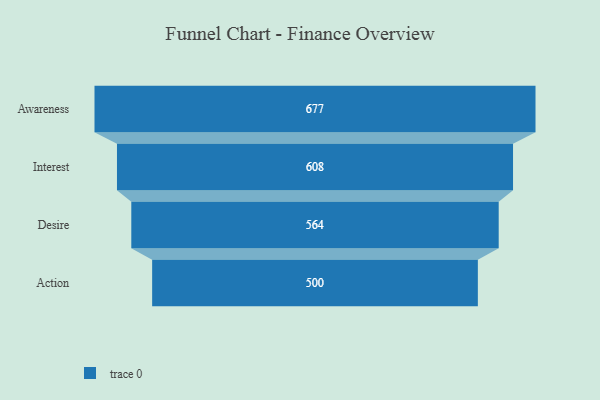
{"axis": {"x": "Stage", "y": "Value"}, "legend": [""], "data": [{"x": "Awareness", "y": 677.0, "type": ""}, {"x": "Interest", "y": 608.0, "type": ""}, {"x": "Desire", "y": 564.0, "type": ""}, {"x": "Action", "y": 500, "type": ""}]}